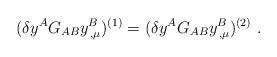
LaTeX: \begin{align*}(\delta y^{A}G_{AB}y^{B}_{\,,\mu})^{(1)} =(\delta y^{A}G_{AB}y^{B}_{\,,\mu})^{(2)} ~. \end{align*}